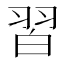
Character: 習